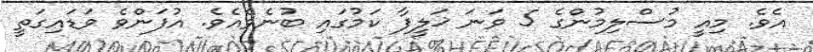
އެވެ. މިއީ މުސްލިމުންގެ 5 ވަނަ ޚަލީފާ ކަމުގައި ބުނެވެއެވެ. އުފަންވެ ވަޑައިގަތީ